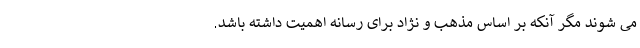
می شوند مگر آنکه بر اساس مذهب و نژاد برای رسانه اهمیت داشته باشد.